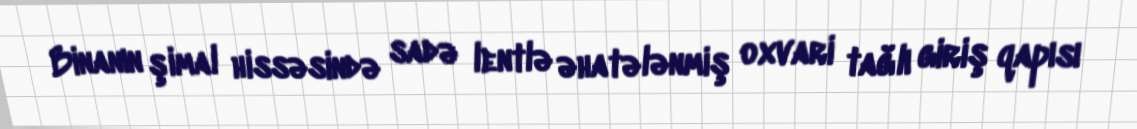
Binanın şimal hissəsində sadə lentlə əhatələnmiş oxvari tağlı giriş qapısı